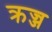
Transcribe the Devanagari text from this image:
क्रज्ज